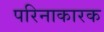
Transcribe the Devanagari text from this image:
परिनाकारक